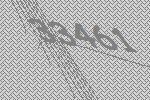
33461